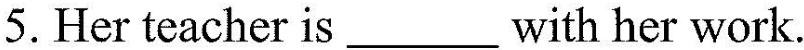
5. Her teacher is ___ with her work.